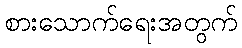
စားသောက်ရေးအတွက်